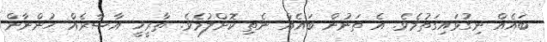
ބައެއް ނިގުޅައިގަތުމެވެ. އެ ތަނުން ބައެއް ނެތި ކޮށްލުމެވެ. ތާރީޚީ އާސާރެއް ހުންނާން